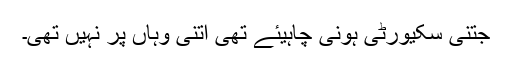
جتنی سکیورٹی ہونی چاہیئے تھی اتنی وہاں پر نہیں تھی۔